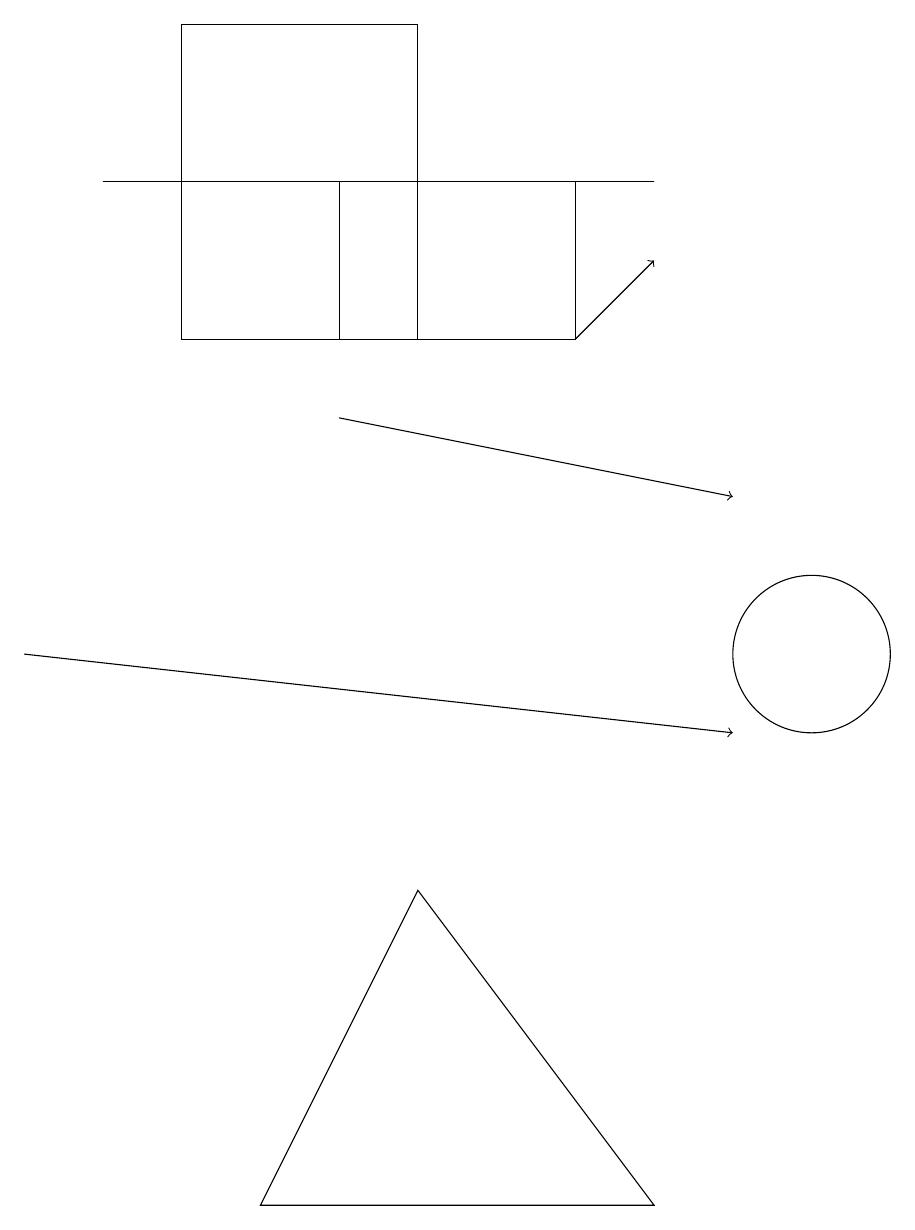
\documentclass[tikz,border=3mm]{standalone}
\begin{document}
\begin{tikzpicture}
\draw (8,4) -- (5,8) -- (3,4) -- cycle;
\draw[->] (0,11) -- (9,10);
\draw (8,17) rectangle (1,17);
\draw (10,11) circle (1);
\draw[->] (4,14) -- (9,13);
\draw (2,19) rectangle (5,15);
\draw (4,17) rectangle (7,15);
\draw[->] (7,15) -- (8,16);
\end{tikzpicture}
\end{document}